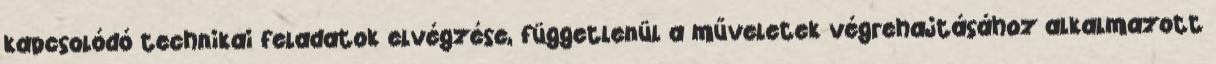
kapcsolódó technikai feladatok elvégzése, függetlenül a műveletek végrehajtásához alkalmazott